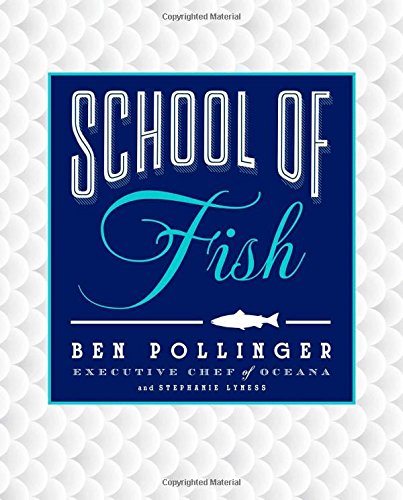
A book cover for School of Fish; Ben Pollinger; Cookbooks, Food & Wine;